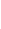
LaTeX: B\! \! \! \! \! \! \! \! \! \! \! \! =B\! \! \! \! \! \! \! \! \! \! \! \! _{r}\! \! \! \! \! \! \! \! \! \! \! \! (\! \! \! \! \! \! \! \! \! \! \! \! \mathbf{x}\! \! \! \! \! \! \! \! \! \! \! \! _{\! }\! \! \! \! \! \! \! \! \! \! \! 0\! \! \! \! \! \! \! \! \! \! \! \! )\! \! \! \! \! \! \! \! \! \! \! \! =\! \! \! \! \! \! \! \! \! \! \! \! \{ \! \! \! \! \! \! \! \! \! \! \! \! \mathbf{x}\! \! \! \! \! \! \! \! \! \! \! \! \in\! \! \! \! \! \! \! \! \! \! \! \! \ensuremath{\! \! \! \! \! \! \! \! \! \! \! \! \mathbb{R}}\! \! \! \! \! \! \! \! \! \! \! \! ^{\! }\! \! \! \! \! \! \! \! \! \! \! 2\! \! \! \! \! \! \! \! \! \! \! \! :\! \! \! \! \! \! \! \! \! \! \! \! ,\! \! \! \! \! \! \! \! \! \! \! \! \! \! \! \! \! \! \! \! \! \! \! \! |\! \! \! \! \! \! \! \! \! \! \! \! \mathbf{x}\! \! \! \! \! \! \! \! \! \! \! \! -\! \! \! \! \! \! \! \! \! \! \! \! \mathbf{x}\! \! \! \! \! \! \! \! \! \! \! \! _{\! }\! \! \! \! \! \! \! \! \! \! \! 0\! \! \! \! \! \! \! \! \! \! \! \! |\! \! \! \! \! \! \! \! \! \! \! \! \leq\! \! \! \! \! \! \! \! \! \! \! \! r\! \! \! \! \! \! \! \! \! \! \! \! \} \! \! \! \! \! \! \! \! \! \! \!